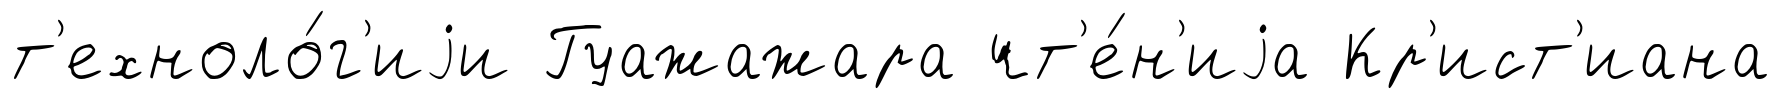
т'ехноло́г'иjи Гуажажара чт'е́н'иjа Кр'ист'иана